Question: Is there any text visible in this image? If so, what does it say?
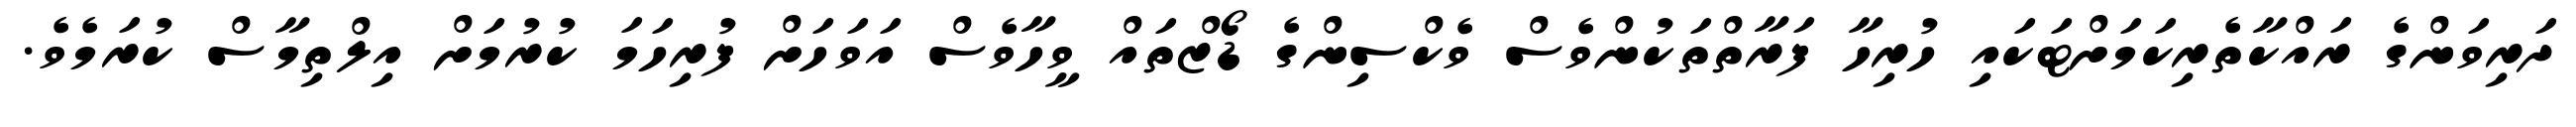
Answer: ދަރިވަންގެ ރައްކާތެރިކަމަށްޓަކައި ހުރިހާ ފަރާތްތަކުންވެސް ވެކްސިންގެ ޑޯޒްތައް ވީހާވެސް އަވަހަށް ފުރިހަމަ ކުރުމަށް އިލްތިމާސް ކުރަމެވެ.